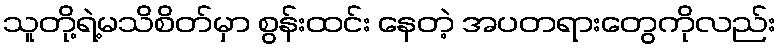
သူတို့ရဲ့မသိစိတ်မှာ စွန်းထင်း နေတဲ့ အပတရားတွေကိုလည်း